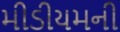
મીડીયમની